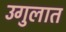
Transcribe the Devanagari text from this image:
उगुलात